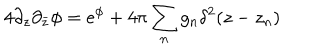
LaTeX: 4 \partial _ { z } \partial _ { \bar { z } } \phi = e ^ { \phi } + 4 \pi \sum _ { n } g _ { n } \delta ^ { 2 } ( z - z _ { n } )